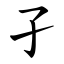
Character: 孑